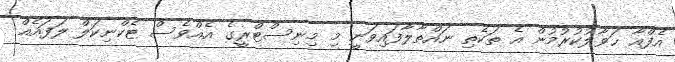
އެފްއާ ޙަވާލުކުރުމުން އެ ތަކެތި ނައްތާލާފައިވަނީ މި މިނިސްޓްރީގެ އެއްވެސް ޓެކްނިކަލް ލަފައެއް